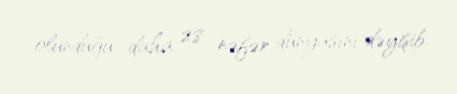
olunduğu daha 28 nəfər dünyasını dəyişib.